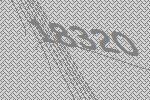
18320